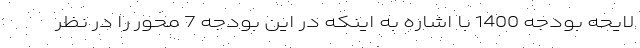
لایحه بودجه 1400 با اشاره به اینکه در این بودجه 7 محور را در نظر